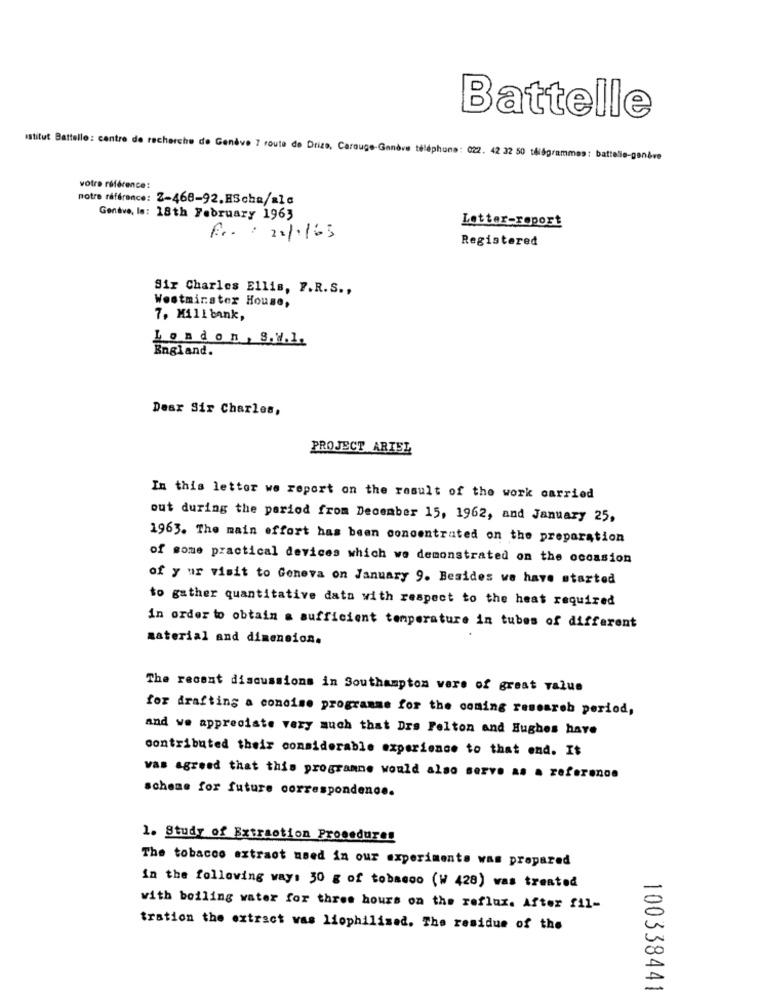
Battelle
istitut Battello: centre de recherche de Genève 7 route de Drize, Carouge-Ganove téléphone: 022. 42 32 50 télégrammes: battelle-genève
votre référence:
notre référence: 2-468-92.HScha/alc
Genave, le: 18th February 1963
Letter-roport
Fr .: 22/1/65
Registered
Sir Charles Ellis, 7.R.S .,
Westminster House,
7, Mill bank,
London, S.W.1.
England.
Dear Sir Charles,
PROJECT ARIEL
In this letter we report on the result of the work carried
out during the period from December 15, 1962, and January 25,
1963. The main effort has been concentrated on the preparation
of some practical devices which we demonstrated on the occasion
of y ur visit to Geneva on January 9. Besides we have started
to gather quantitative data with respect to the heat required
in order to obtain a sufficient temperature in tubes of different
material and dimension.
The recent discussions in Southampton were of great value
for drafting a concise programme for the coming research period,
and we appreciate very much that Drs Felton and Hughes have
contributed their considerable experience to that end. It
vas agreed that this programme would also serve as a reference
scheme for future correspondence.
1. Study of Extraction Procedures
The tobacco extract need in our experiments was prepared
in the following way: 30 g of tobacco (W 428) was treated
with boiling water for three hours on the reflux. After fil-
tration the extract was liophilised. The residue of the
100338441